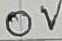
Text: 0V